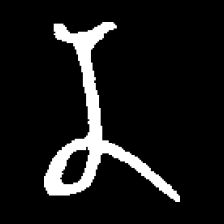
Pyu character \u2014 Myanmar letter: န (romanized: na)